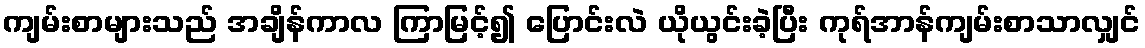
ကျမ်းစာများသည် အချိန်ကာလ ကြာမြင့်၍ ပြောင်းလဲ ယိုယွင်းခဲ့ပြီး ကုရ်အာန်ကျမ်းစာသာလျှင်